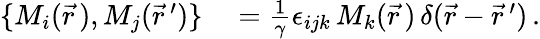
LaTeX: \begin{array}{rl}{\{ M_{i}(\vec{r\, }),M_{j}(\vec{r}\, ^{\prime})\} }&{{}=\frac{1}{\gamma}\epsilon_{ijk}\, M_{k}(\vec{r\, })\, \delta(\vec{r}-\vec{r}\, ^{\prime})\, .}\end{array}